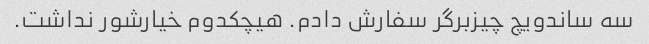
سه ساندویچ چیزبرگر سفارش دادم. هیچکدوم خیارشور نداشت.